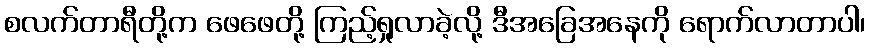
စလက်တာရီတို့က ဖေဖေတို့ ကြည့်ရှုလာခဲ့လို့ ဒီအခြေအနေကို ရောက်လာတာပါ၊